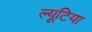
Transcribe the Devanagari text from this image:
ल्यूटिया